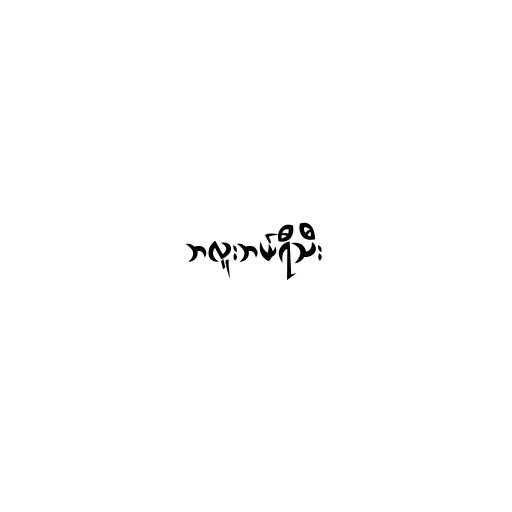
ဘလူးဘယ်ရီသီး